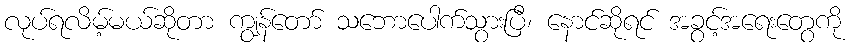
လုပ်ရလိမ့်မယ်ဆိုတာ ကျွန်တော် သဘောပေါက်သွားပြီ၊ နောင်ဆိုရင် အခွင့်အရေးတွေကို